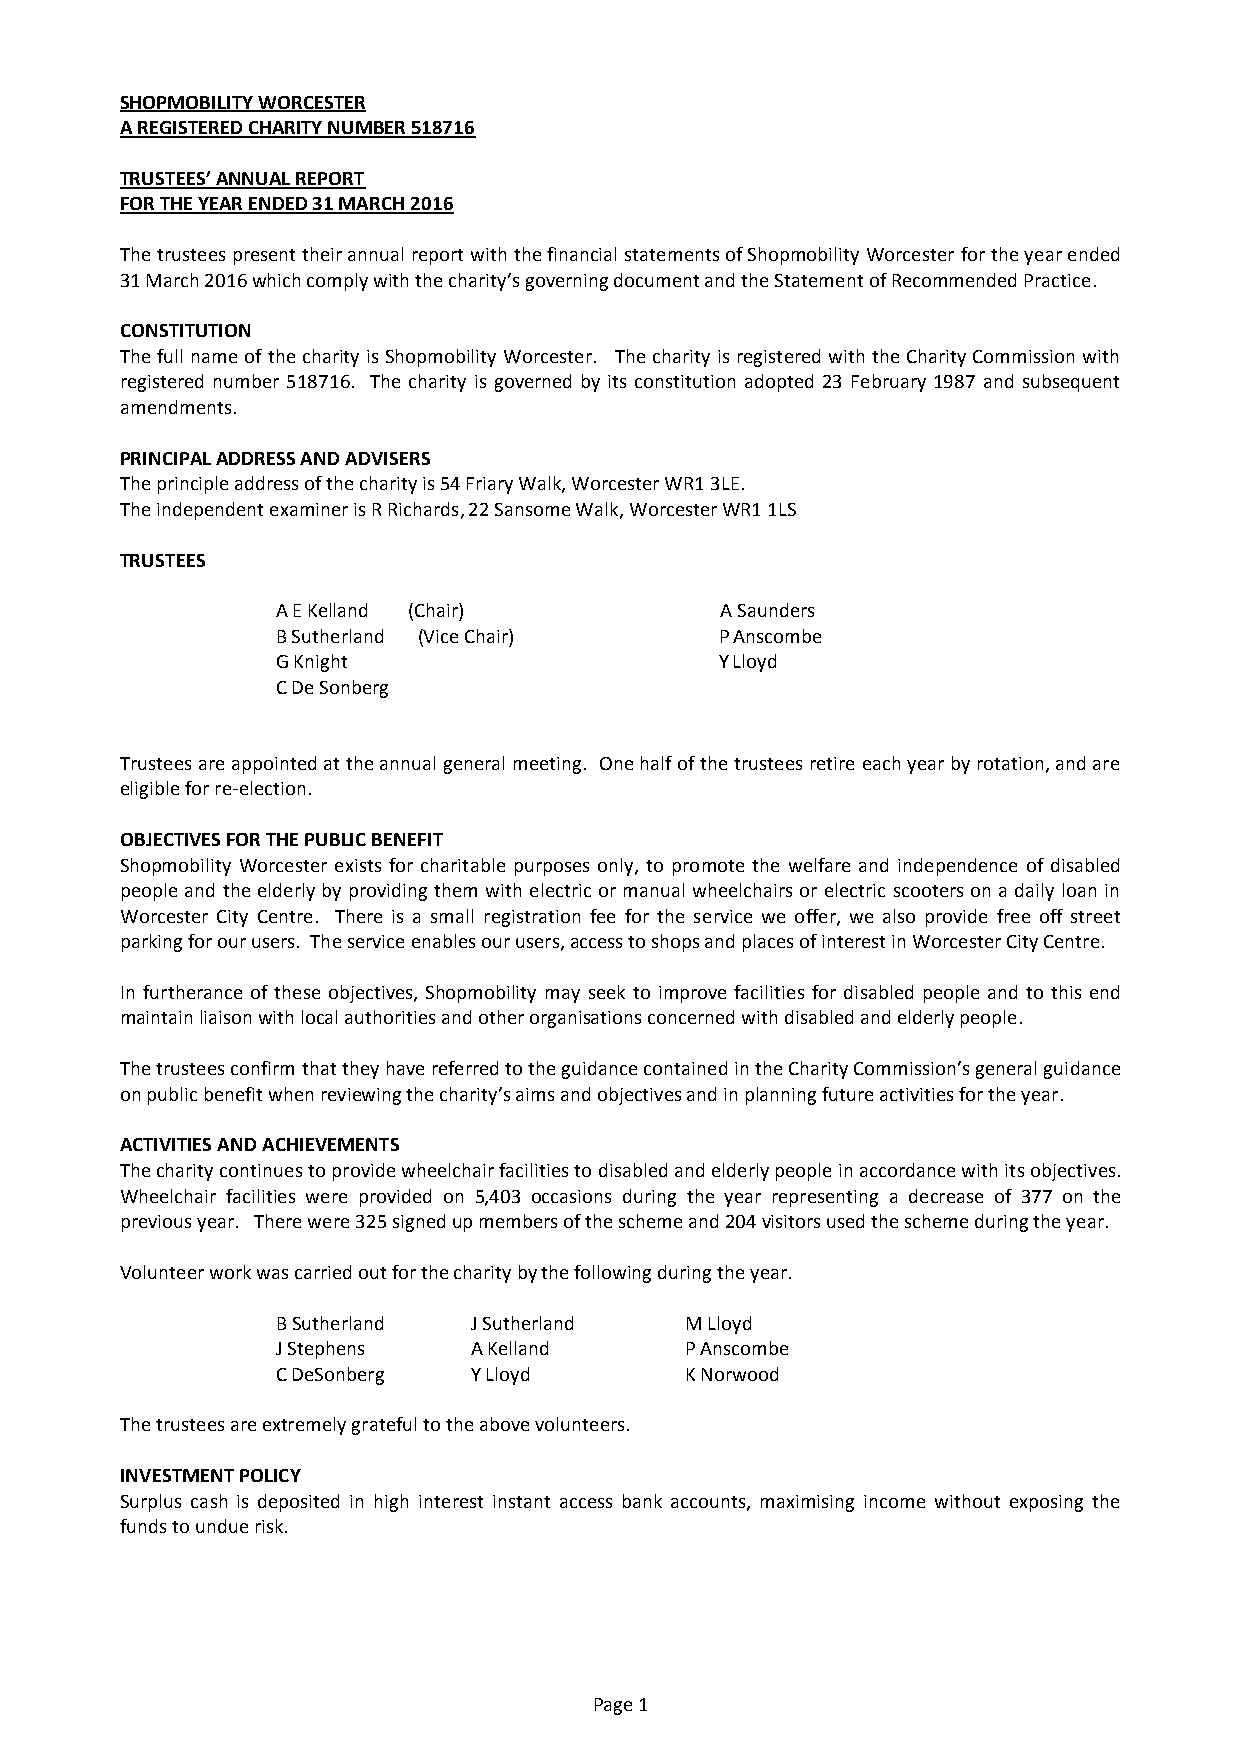
SHOPMOBILITY WORCESTER
 A REGISTERED CHARITY NUMBER 518716
 TRUSTEES’ ANNUAL REPORT
 FOR THE YEAR ENDED 31 MARCH 2016
 The trustees present their annual report with the financial statements of Shopmobility Worcester for the year ended
 31 March 2016 which comply with the charity’s governing document and the Statement of Recommended Practice.
 CONSTITUTION
 The full name of the charity is Shopmobility Worcester. The charity is registered with the Charity Commission with
 registered number 518716. The charity is governed by its constitution adopted 23 February 1987 and subsequent
 amendments.
 PRINCIPAL ADDRESS AND ADVISERS
 The principle address of the charity is 54 Friary Walk, Worcester WR1 3LE.
 The independent examiner is R Richards, 22 Sansome Walk, Worcester WR1 1LS
 TRUSTEES
 A E Kelland (Chair)           A Saunders
 B Sutherland (Vice Chair)     P Anscombe
 G Knight                      Y Lloyd
 C De Sonberg
 Trustees are appointed at the annual general meeting. One half of the trustees retire each year by rotation, and are
 eligible for re-election.
 OBJECTIVES FOR THE PUBLIC BENEFIT
 Shopmobility Worcester exists for charitable purposes only, to promote the welfare and independence of disabled
 people and the elderly by providing them with electric or manual wheelchairs or electric scooters on a daily loan in
 Worcester City Centre. There is a small registration fee for the service we offer, we also provide free off street
 parking for our users. The service enables our users, access to shops and places of interest in Worcester City Centre.
 In furtherance of these objectives, Shopmobility may seek to improve facilities for disabled people and to this end
 maintain liaison with local authorities and other organisations concerned with disabled and elderly people.
 The trustees confirm that they have referred to the guidance contained in the Charity Commission’s general guidance
 on public benefit when reviewing the charity’s aims and objectives and in planning future activities for the year.
 ACTIVITIES AND ACHIEVEMENTS
 The charity continues to provide wheelchair facilities to disabled and elderly people in accordance with its objectives.
 Wheelchair facilities were provided on 5,403 occasions during the year representing a decrease of 377 on the
 previous year. There were 325 signed up members of the scheme and 204 visitors used the scheme during the year.
 Volunteer work was carried out for the charity by the following during the year.
 B Sutherland J Sutherland  M Lloyd
 J Stephens   A Kelland     P Anscombe
 C DeSonberg  Y Lloyd       K Norwood
 The trustees are extremely grateful to the above volunteers.
 INVESTMENT POLICY
 Surplus cash is deposited in high interest instant access bank accounts, maximising income without exposing the
 funds to undue risk.
 Page 1